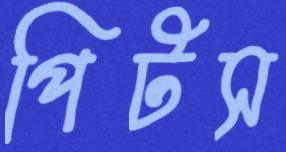
পিটস